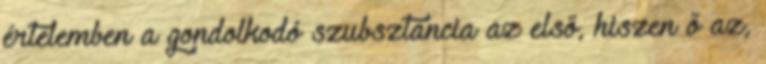
értelemben a gondolkodó szubsztancia az első, hiszen ő az,